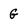
Character: G